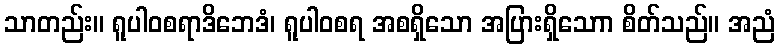
သာတည်း။ ရူပါဝစရာဒိဘေဒံ၊ ရူပါဝစရ အစရှိသော အပြားရှိသောာ စိတ်သည်။ အညံ